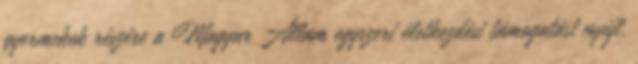
gyermekek részére a Magyar Állam egyszeri életkezdési támogatást nyújt.